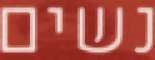
נשים